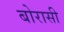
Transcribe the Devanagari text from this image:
बोरासी